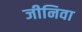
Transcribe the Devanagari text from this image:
जीनिवा